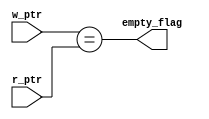
module empty_check (
    input wire [4:0] w_ptr,
    input wire [4:0] r_ptr,
    output wire      empty_flag
);

assign empty_flag=(w_ptr==r_ptr);

endmodule